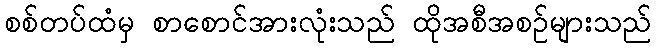
စစ်တပ်ထံမှ စာစောင်အားလုံးသည် ထိုအစီအစဉ်များသည်